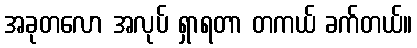
အခုတလော အလုပ် ရှာရတာ တကယ် ခက်တယ်။